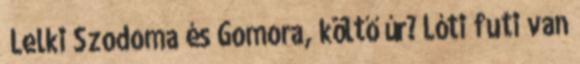
„Lelki Szodoma és Gomora, költő úr? Lóti futi van